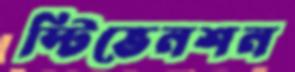
স্টিভেনশন